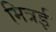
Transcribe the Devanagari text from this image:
मित्रई